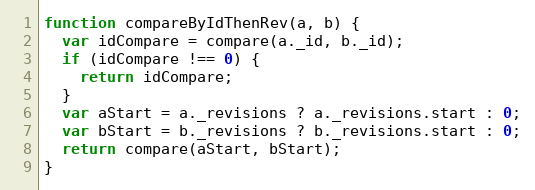
Language: JavaScript
function compareByIdThenRev(a, b) {
  var idCompare = compare(a._id, b._id);
  if (idCompare !== 0) {
    return idCompare;
  }
  var aStart = a._revisions ? a._revisions.start : 0;
  var bStart = b._revisions ? b._revisions.start : 0;
  return compare(aStart, bStart);
}